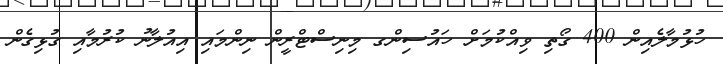
ހުޅުމާލެއިން 400 ގޯތި ވިއްކުމަށް ހައުސިންގ މިނިސްޓްރީން ނިންމައި އިއުލާނު ކުރުމާއި ގުޅިގެން